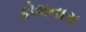
કોલનાસ